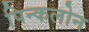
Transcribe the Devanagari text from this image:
पिन्कलोन